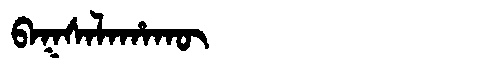
Manchu: ᠪᠠᡴᠰᠠᠯᠠᡥᠠᡴᡡ
Romanization: BAKSALAHAKŪ